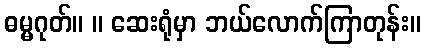
ဓမ္မဂုတ်။ ။ ဆေးရုံမှာ ဘယ်လောက်ကြာတုန်း။